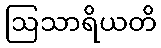
ဩသာရိယတိ